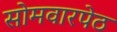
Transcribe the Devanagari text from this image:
सोमवारपेठ